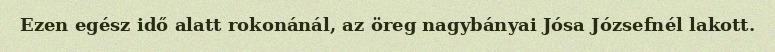
Ezen egész idő alatt rokonánál, az öreg nagybányai Jósa Józsefnél lakott.